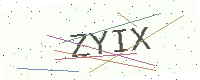
Text: ZYIX